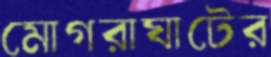
মোগরাঘাটের